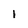
Character: l